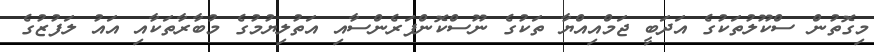
މިގޮތުން ސްކޫލުތަކުގެ އަދަބީ ޖަމްއިއްޔާ ތަކުގެ ނޫސްކޮންފަރެންސާއި އަތުލިޔުމުގެ މުބާރާތަކާއި އައު ލަފުޒުގެ